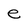
Character: e